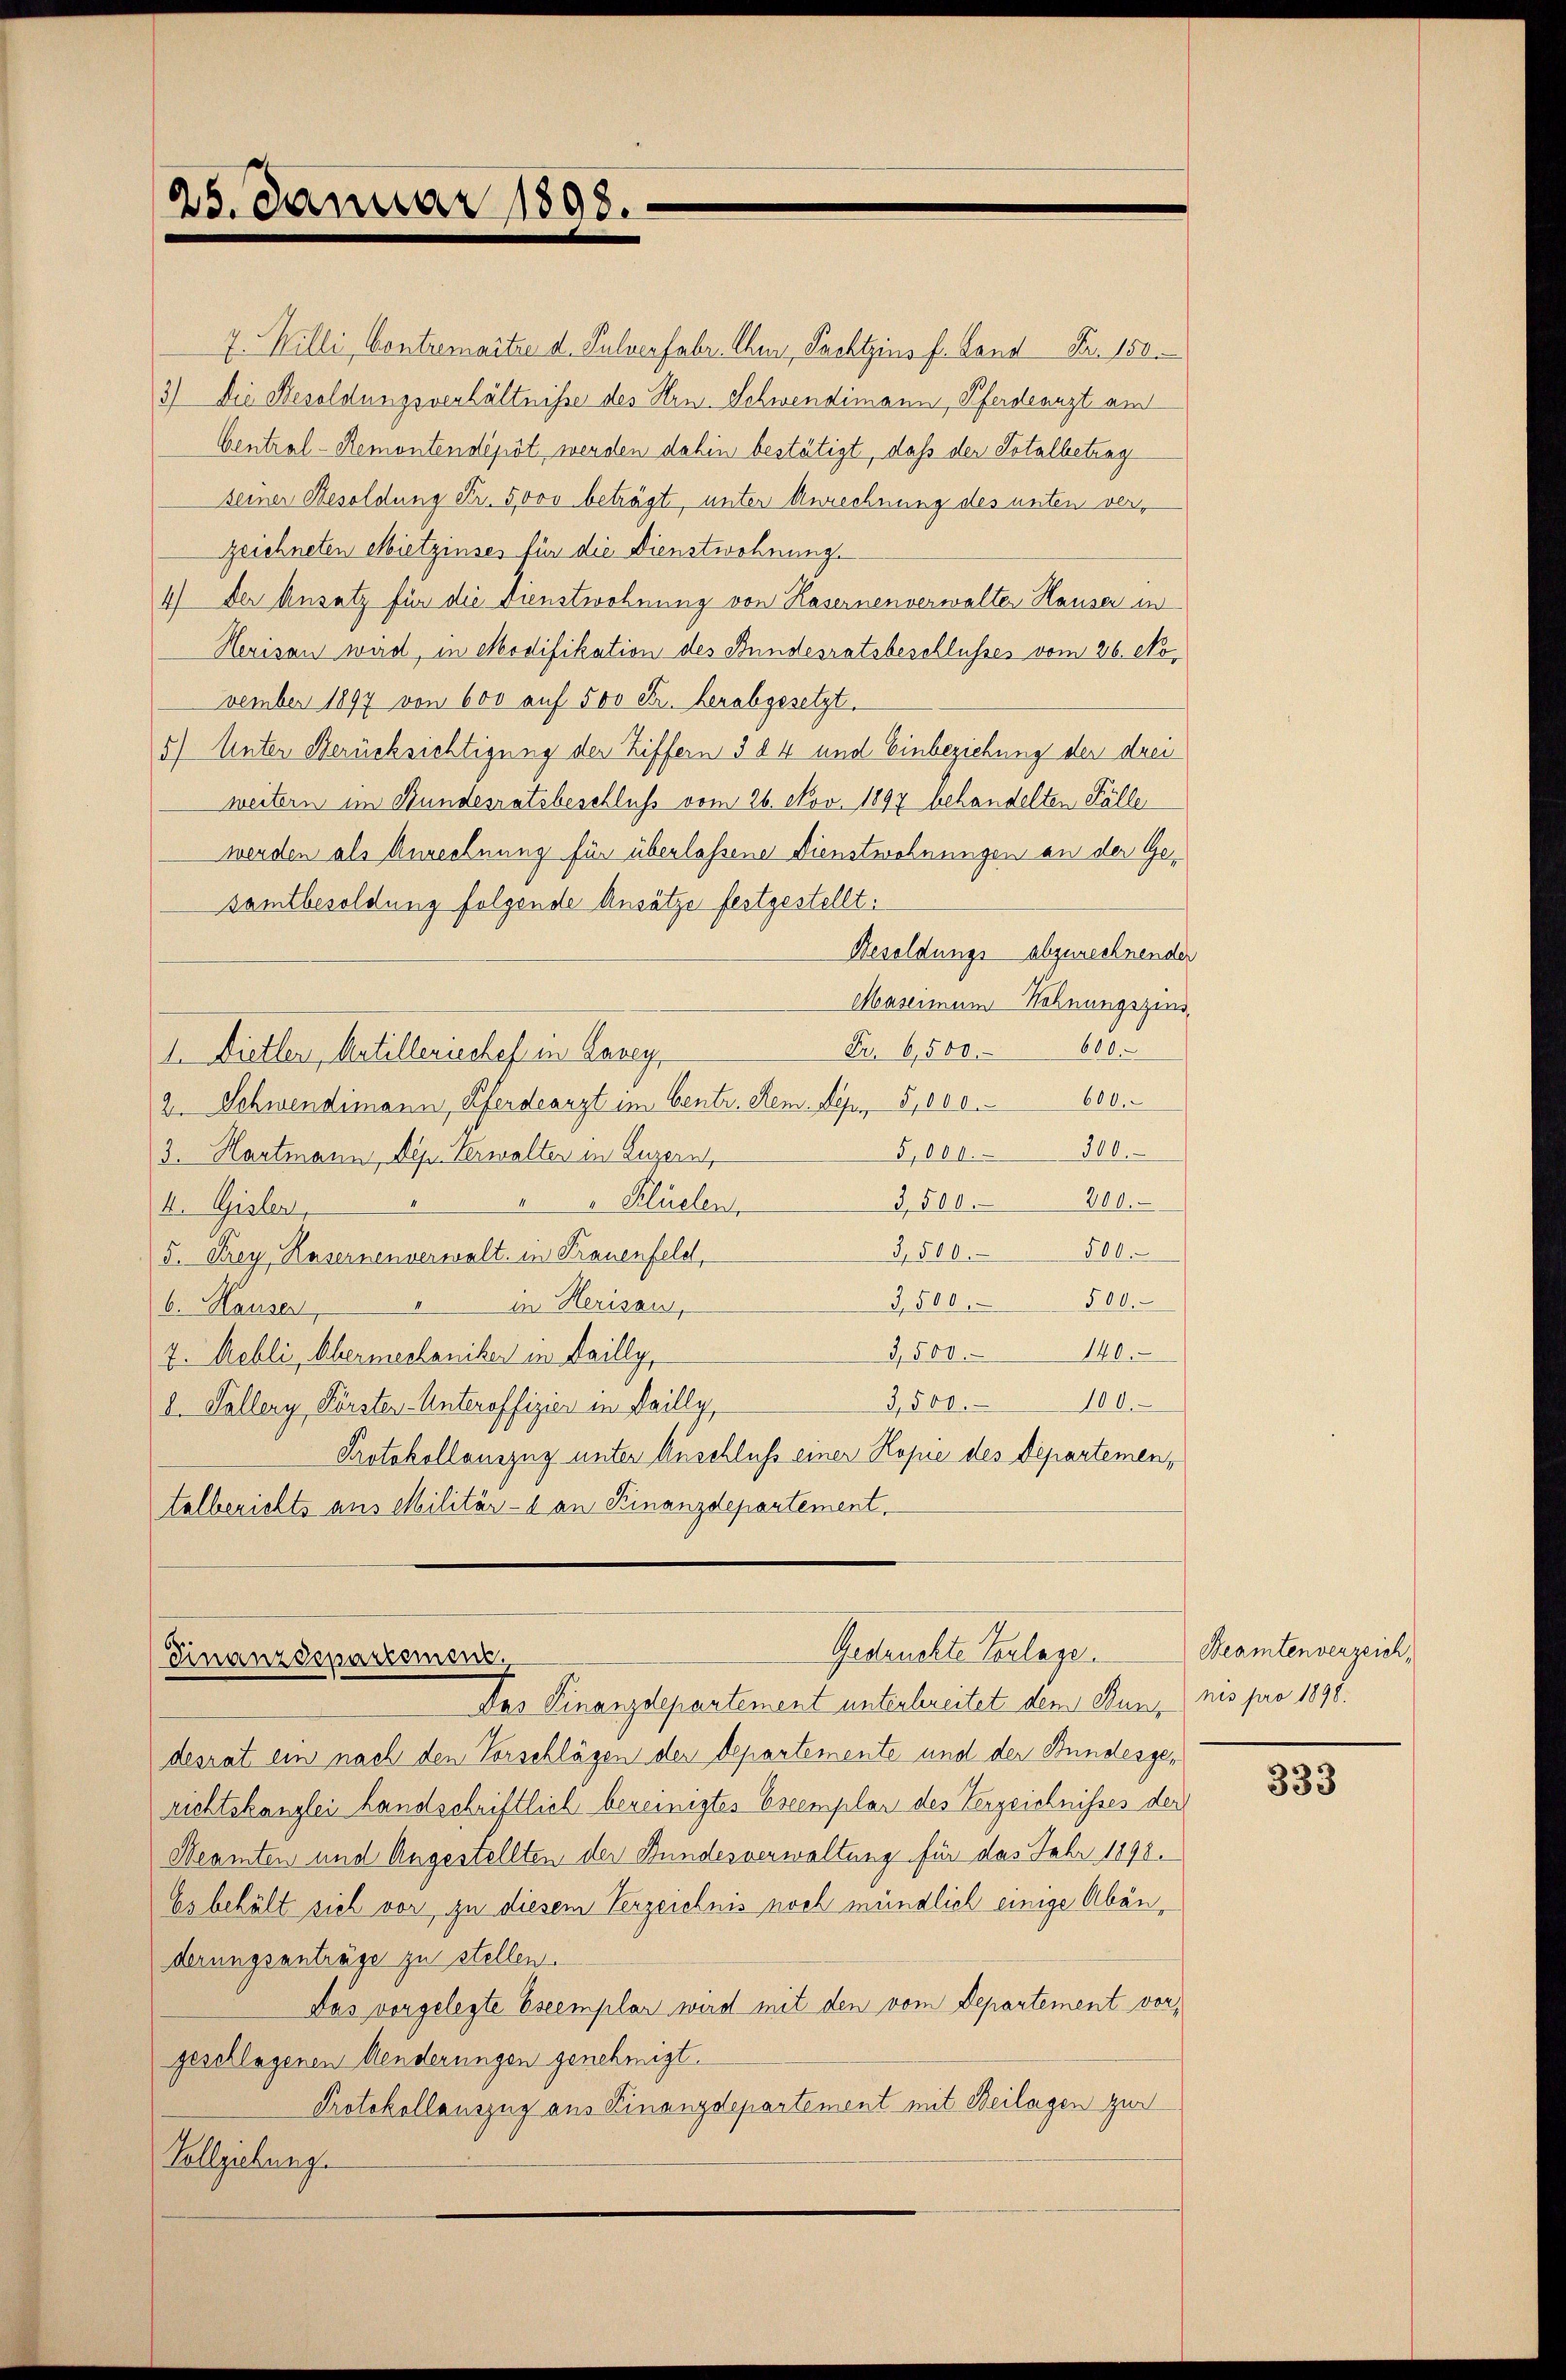
25. Januar 1898.

7. Willi, Contremaitre d. Pulverfahr Chur, Pachtzins f. Land Fr. 150.
3) Die Besoldungsverhältnisse des Hrn. Schwendimann, Pferdearzt am
Central-Remontendepot werden dahin bestätigt, daß der Totalbetrag
seiner Besoldung Fr. 5000 beträgt, unter Anrechnung des unten verzeichneten Mietzinses für die Dienstwohnung
4) Der Ansetz für die Dienstwohnung von Hasernenverwalter Hauser in
Herisau wird, in Modifikation des Bundesratsbeschlusses vom 26. No.
vember 1897 von 600 auf 500 Fr. herabgesetzt.
5) Unter Berücksichtigung der Ziffern § 84 und Einbeziehung der drei
weitern im Bundesratsbeschluß vom 26. Nov. 1897 behandelten Fälle
werden als Anrechnung für überlassene Dienstwohnungen an der Gesamtbesoldung folgende Ansätze festgestellt.
Besoldungs abzurechnender
Masermann Hohnungszins
85
Fr. 6,500.
1. Dietler, Artilleriechef in Laney
600.
2. Schwendimann, Pferdearzt im Centr. Rem. Depes 5,000.
5,00000.
3. Hartmann, Sep. Verwalter in Luzern,
"Klüelen
3,500. 200.
4. Gisler,
500.
3,500.
5. Frey Kasernenverwalt in Trauenfeld,
500.
3,500.
in Herisau,
I
6. Hauser
3,500. 140.
7. Mehli, Abermechaniker in Dailly,
100.
3,500.
d. Fallerg, Försten-Unteroffizier in Dailly,
Protokollauszug unter Anschluß einer Kopie des Departemen,
talberichts aus Militär- & an Finanzdepartement.

b.
Gedruckte Vorlage.
Finanzdepartement.

Das Finanzdepartement unterbereitet dem Dun, nis pro 1890.
desrat ein nach den Vorschlägen der Departemente und der Bundesgerichtskanzlei handschriftlich bereinigter Escemplar des Verzeichnisses der
Reamten und Angestellten der Bundesverwaltung für das Jahr 1898.
Es behält sich vor zu diesem Verzeichnis noch mündlich einige Abänderungsanträge zu stellen.
Das vorgelegte Eseemplar wird mit den vom Departement vorgeschlagenen Aenderungen genehmigt.
Protokollauszug aus Finanzdepartement mit Beilagen zur
Vollziehung

Beamtenverzeich,

333